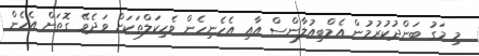
މި މަގު ބަންދުކުރުމުން އެމްބިއުލާންސް އާއި އެހެނިހެން ވެހިކަލްތަކަށް ވަދެވޭ ގޮތަށް އެހެން